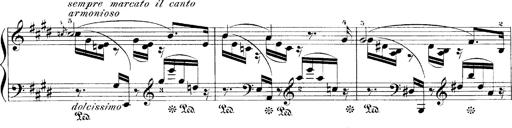
Title: LiebestrÃ¤ume
Composer: Franz Behr
Key: E-flat major